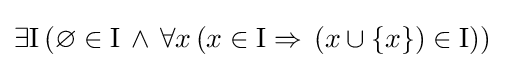
\exists \mathrm {I} \,(\varnothing \in \mathrm {I} \,\land \,\forall x\,(x\in \mathrm {I} \Rightarrow \,(x\cup \{x\})\in \mathrm {I} ))